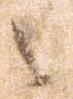
之